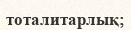
тоталитарлық;